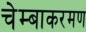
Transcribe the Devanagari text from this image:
चेम्बाकरमण